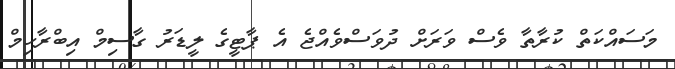
މަސައްކަތް ކުރާތާ ވެސް ވަރަށް ދުވަސްވެއްޖެ އެ ޕާޓީގެ ލީޑަރު ގާސިމް އިބްރާހިމް